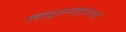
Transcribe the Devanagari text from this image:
बिंदुसमुदायों